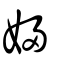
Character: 婦